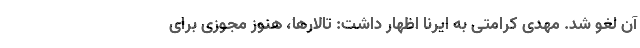
آن لغو شد. مهدی کرامتی به ایرنا اظهار داشت: تالارها، هنوز مجوزی برای